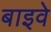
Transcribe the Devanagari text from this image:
बाइवे